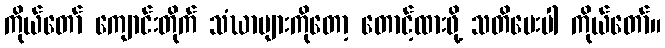
ကိုယ်တော် ကျောင်းတိုက် သံဃာများကိုတော့ တောင့်ထားဖို့ သတိပေးပါ ကိုယ်တော်။